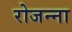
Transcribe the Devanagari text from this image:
रोजन्ना